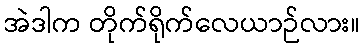
အဲဒါက တိုက်ရိုက်လေယာဉ်လား။